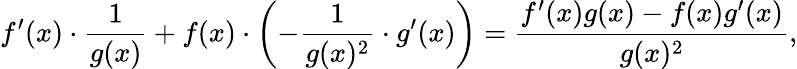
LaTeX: f^{\prime}(x)\cdot{\frac{1}{g(x)}}+f(x)\cdot\left(-{\frac{1}{g(x)^{2}}}\cdot g^{\prime}(x)\right)={\frac{f^{\prime}(x)g(x)-f(x)g^{\prime}(x)}{g(x)^{2}}},